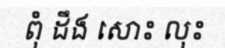
ពុំ ដឹង សោះ លុះ